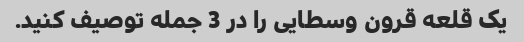
یک قلعه قرون وسطایی را در 3 جمله توصیف کنید.